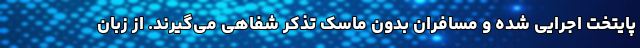
پایتخت اجرایی شده و مسافران بدون ماسک تذکر شفاهی می‌گیرند. از زبان